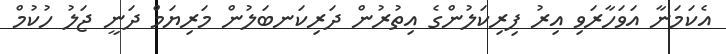
އެކަމަނާ އަވަހާރަވި އިރު ފިރިކަލުންގެ އިތުރުން ދަރިކަނބަލުން މަރިޔަމް ދަނީ ޖަލު ހުކުމް